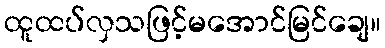
ထူထပ်လှသဖြင့်မအောင်မြင်ချေ။